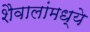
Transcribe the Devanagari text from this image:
शैवालांमध्ये